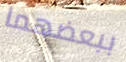
ببعضهما